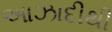
આઝાદીથી